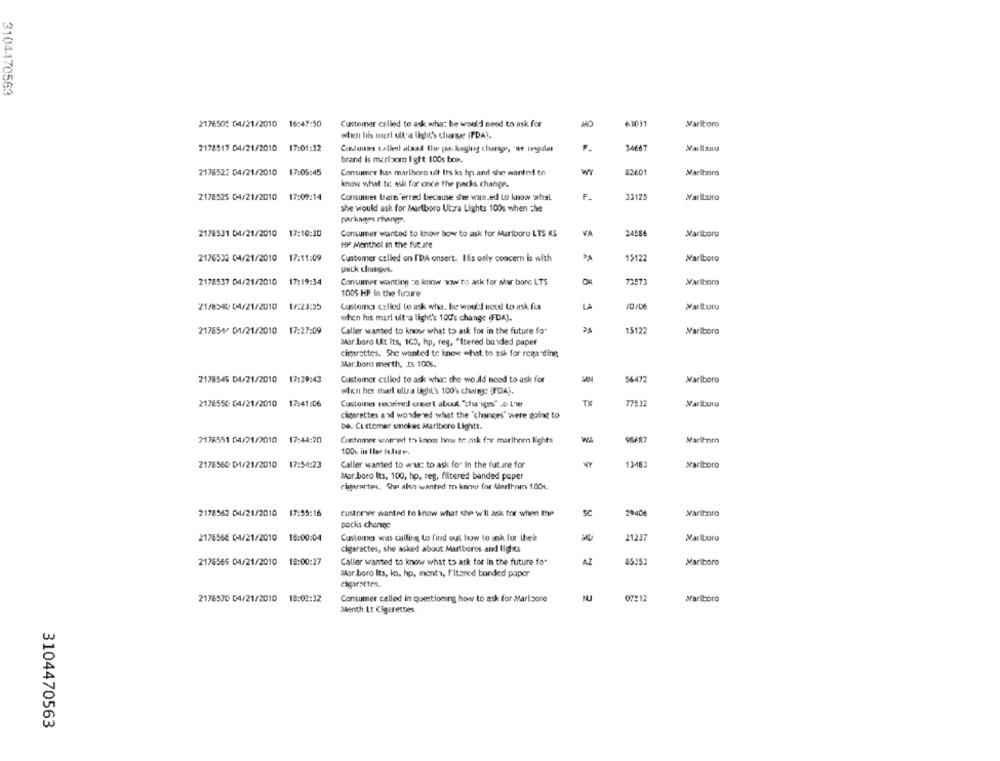
3104470563
2176505 04/21/2010 16:47:50
MO
63031
Marlboro
Customer called to ask what he would need to ask for
when his mert ull'a light's darse (FDA).
2178517 04/21/2010 17:01:32
Candouns tallen alnad Ile po kaging change, 'te regulat
34667
brand is merizcro Ight 100s box.
2178523 04/21/2010 17:05:45
Consumer has marlboro ult Its ks hp and she wanted to
8260
Marlboro
know what to ask for once the packs change.
2178525 04/21/2010
17:09:14
Consumes Lars erred because she was.ed to know what
F.
33125
she would ask for Marlboro Ultra Lights 100s when che
parkinges change
2178531 04/21/2010 17:10:30
Consumer wanted to know how to ask for Marlboro LTS K3
VA
24586
Marlboro
HP Menthol in the fut are
2176532 04/21/2010 17:11:09
Customer called on I'DA onsert. Ilis only concern is with
15122
Marlboro
patk changes.
2178537 04/21/2010 17:19:34
Consumer wanting to know www to ask for sar bore LTS
73573
Marlboro
1005 HP In the future
LA
21/8540 04/21/2010
16:23:35
Customs called to ask what. he would need to ask for
Marlboro
when his marl ultra light's 100's change (FDA).
217854/ 01/21/2010
17:27:09
Caller wanted to know what to ask for in the future fo"
15122
Marlboro
Mar boro Ut Its, 105, hp, reg. "Itered basded paper
cigarettes. She wanted to know what to ask for regarding
Mar boro merth, is 100s.
2178549 04/21/2010 17:39:43
Customer called to ask what the wo.Ad need to ask for
SAN
56477
Marlboro
when her mart ultra light's 100's cherex: (FDA).
2178550 04/21/2010 17:41:06
Customer secvived creert about "the igus" .o L'le
TX
77532
cigarettes and wondered what the "changes" were going to
be. Customer smokes Maribore Lights.
7178551 04/21/2010
17:44:20
Customer wanted to know how to ask for marihnen lights
100% in Iler future.
2178560 01/21/2010 17:54:23
Caller wanted to w's: to ask for in the future for
13483
Marlboro
Mar.boro Its, 100, hp, reg, filtered banded paper
rigarartes. She akns wanted to know for Marthorn 100%,
2178562 04/21/2010 17:55:16
customer wanted to know what she w'll ask for when the
SC
29404
Varitaro
pocks change
2178568 04/21/2010 18:00:04
Customa was calling to find out how to sok for their
21237
Marlboro
cigarettes, she asked about Mariboros and lights
2176566 04/21/2010 18:00:37
Caller wanted to know what to ask for in the future fo
AZ
8535:
Marlboro
Mar boro Its, ks. hp, monta, f'itared bonded paper
cigarettes.
2178570 04/21/2010 18:02:32
Consumer called in questioning how to ask for Marizore
07-1
Marlboro
Menth Lt Cigarettes.
3104470563